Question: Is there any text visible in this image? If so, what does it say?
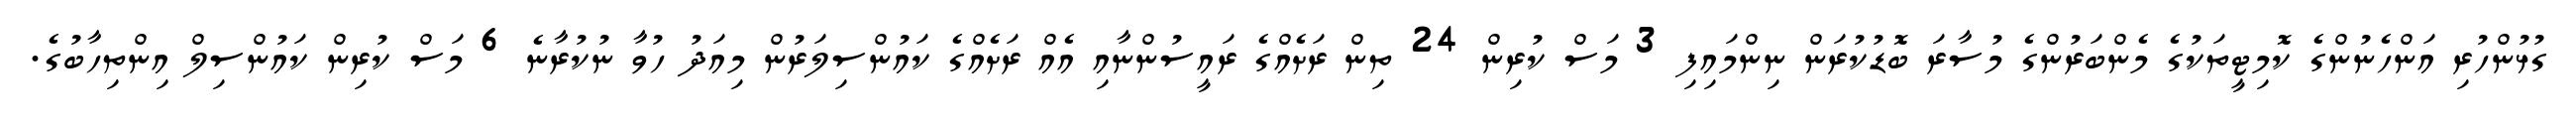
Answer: ގުޅުންހުރި އަންހެނުންގެ ކޮމިޓީތަކުގެ މެންބަރުންގެ މުސާރަ ބޮޑުކުރަން ނިންމައިފި 3 މަސް ކުރިން 24 ތިން ރަށެއްގެ ރައީސުންނާއި އެއް ރަށެއްގެ ކައުންސިލަރުން މިއަދު ހުވާ ނުކުރާނެ 6 މަސް ކުރިން ކައުންސިލް އިންތިހާބުގެ.